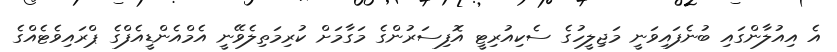
އެ އިއުލާންގައި ބުނެފައިވަނީ މަޖިލީހުގެ ސެކިއުރިޓީ އޮފިސަރުންގެ މަގާމަށް ކުރިމަތިލެވޭނީ އެމްއެންޑީއެފްގެ ޕްރައިވެޓެއްގެ